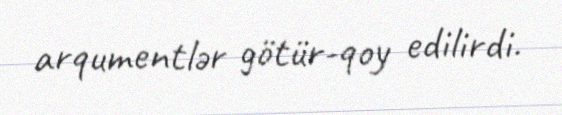
arqumentlər götür-qoy edilirdi.